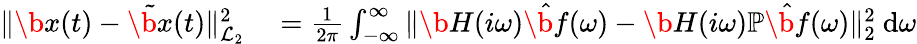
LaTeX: \begin{array}{rl}{\| \b{x}(t)-\tilde{\b{x}}(t)\| _{\mathcal{L}_{2}}^{2}}&{{}=\frac{1}{2\pi}\int_{-\infty}^{\infty}\| \b{H}(i\omega)\hat{\b{f}}(\omega)-\b{H}(i\omega)\mathbb{P}\hat{\b{f}}(\omega)\| _{2}^{2}~\mathrm{d}\omega}\end{array}